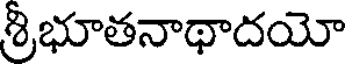
శ్రీభూతనాథాదయో